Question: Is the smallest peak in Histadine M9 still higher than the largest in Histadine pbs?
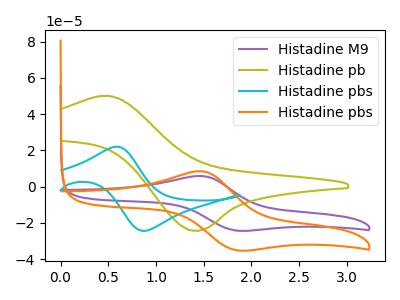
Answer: <think>The purple curve "Histadine M9" has an anodic peak at (1.50V, 5.85uA) and a cathodic peak at (1.85V, -24.15uA). The olive curve "Histadine pb" has an anodic peak at (0.50V, 50.10uA) and a cathodic peak at (1.40V, -24.25uA). The cyan curve "Histadine pbs" has an anodic peak at (0.60V, 22.10uA) and a cathodic peak at (0.90V, -24.30uA). The orange curve "Histadine pbs" has an anodic peak at (1.50V, 8.50uA) and a cathodic peak at (1.85V, -35.05uA).</think>
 <answer>Every peak in "Histadine M9" is lower than every peak in "Histadine pbs".</answer>
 <eval>lower</eval>